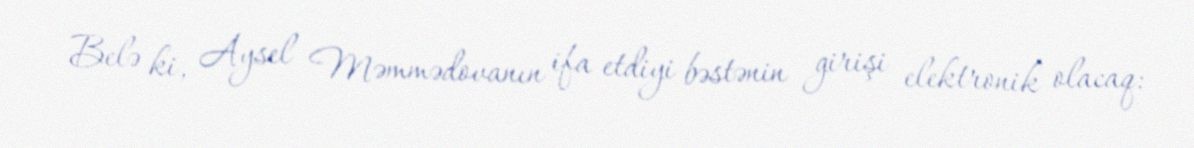
Belə ki, Aysel Məmmədovanın ifa etdiyi bəstənin girişi elektronik olacaq: